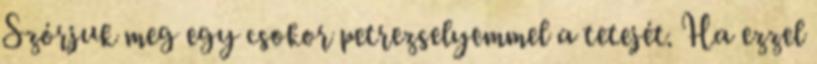
Szórjuk meg egy csokor petrezselyemmel a tetejét. Ha ezzel